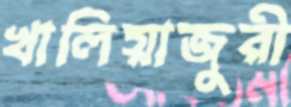
খালিয়াজুরী